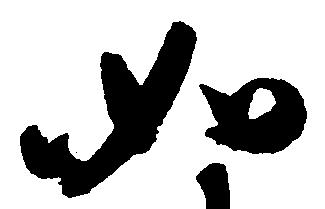
如